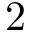
2